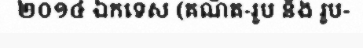
២០១៤ ឯកទេស (គណិត-រូប និង រូប-